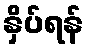
နှိပ်ရန်